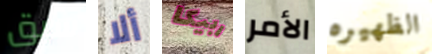
سبق ألا ربيكا الأمر الظهيره